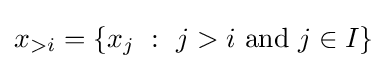
x_{>i}=\left\{x_{j}~:~j>i{\text{ and }}j\in I\right\}